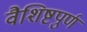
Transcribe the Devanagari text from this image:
वैशिष्टपुर्ण